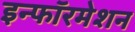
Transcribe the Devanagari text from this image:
इन्फॉरमेशन